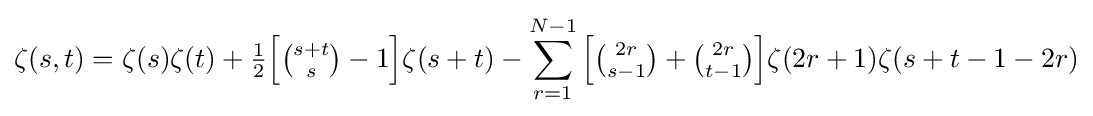
\zeta (s,t)=\zeta (s)\zeta (t)+{\tfrac {1}{2}}{\Big [}{\tbinom {s+t}{s}}-1{\Big ]}\zeta (s+t)-\sum _{r=1}^{N-1}{\Big [}{\tbinom {2r}{s-1}}+{\tbinom {2r}{t-1}}{\Big ]}\zeta (2r+1)\zeta (s+t-1-2r)